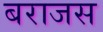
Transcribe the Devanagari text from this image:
बराजस